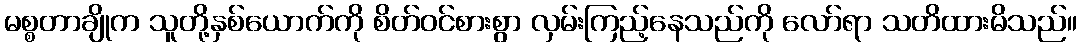
မစ္စတာချိုက သူတို့နှစ်ယောက်ကို စိတ်ဝင်စားစွာ လှမ်းကြည့်နေသည်ကို လော်ရာ သတိထားမိသည်။